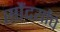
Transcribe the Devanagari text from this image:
सौंदर्यांचे